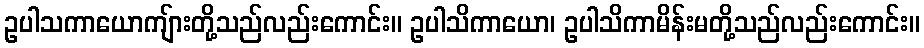
ဥပါသကာယောကျ်ားတို့သည်လည်းကောင်း။ ဥပါသိကာယော၊ ဥပါသိကာမိန်းမတို့သည်လည်းကောင်း။